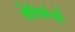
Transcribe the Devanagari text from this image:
लेलिजेची